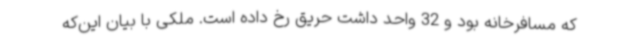
که مسافرخانه بود و 32 واحد داشت حریق رخ داده است. ملکی با بیان این‌که